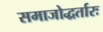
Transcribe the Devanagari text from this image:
समाजोद्धर्तारः